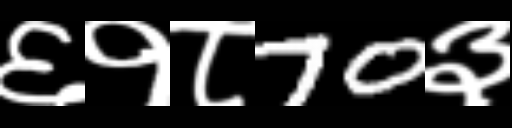
Text: ६१८70३